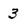
Character: 3